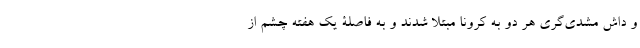
و داش مشدی‌گری هر دو به کرونا مبتلا شدند و به فاصلۀ یک هفته چشم از